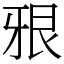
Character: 㸧